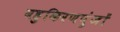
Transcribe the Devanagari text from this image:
बहुकिरणपुंजों